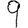
Digit: 9